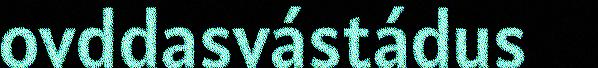
ovddasvástádus